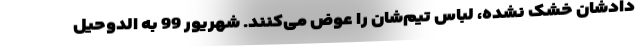
دادشان خشک نشده، لباس تیم‌شان را عوض می‌کنند. شهریور 99 به الدوحیل